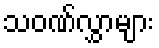
သဝဏ်လွှာများ